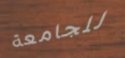
للجامعة